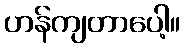
ဟန်ကျတာပေါ့။